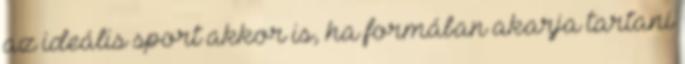
az ideális sport akkor is, ha formában akarja tartani